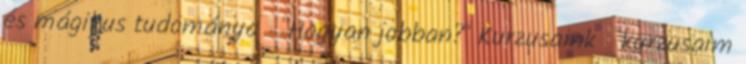
és mágikus tudománya "Hogyan jobban?" Kurzusaink kurzusaim